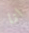
انا